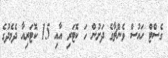
ގެސްޓް ހައުސް ވެންޗާގެ ދަށުން ހަ ކޮޓަރި އާއި 15 ކޮޓަރިއާ ދެމެދުގެ